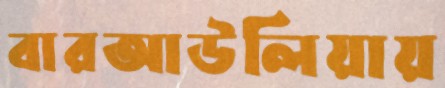
বারআউলিয়ায়